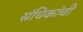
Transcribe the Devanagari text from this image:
संचिकांची